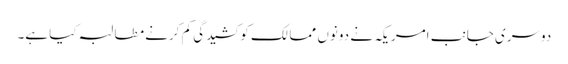
دوسری جانب امریکہ نے دونوں ممالک کو کشیدگی کم کرنے مطالبہ کیا ہے۔